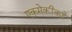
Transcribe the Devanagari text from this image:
एकमेकींकडे